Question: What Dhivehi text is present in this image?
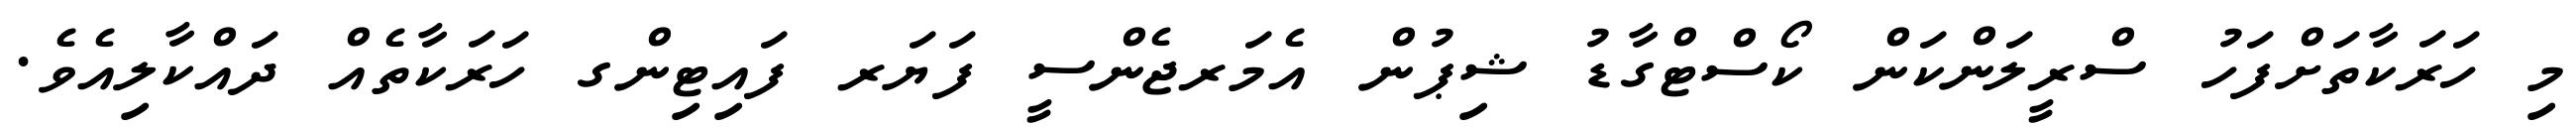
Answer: މި ހަރަކާތަށްފަހު ސްރީލަންކަން ކޯސްޓްގާޑު ޝިޕުން އެމަރޖެންސީ ފަޔަރ ފައިޓިންގ ހަރަކާތެއް ދައްކާލިއެވެ.